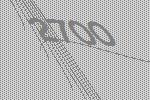
2700